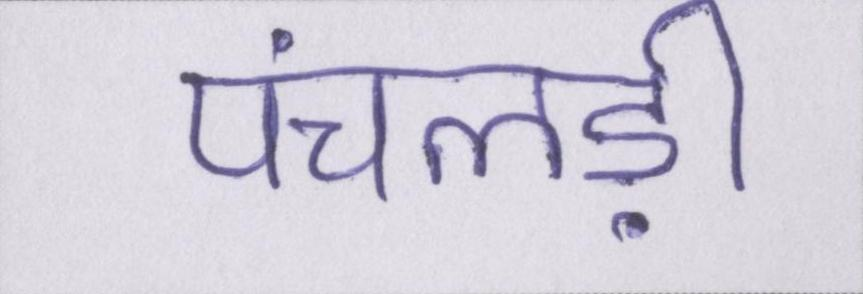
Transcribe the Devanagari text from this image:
पंचलड़ी